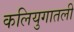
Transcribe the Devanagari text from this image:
कलियुगातली